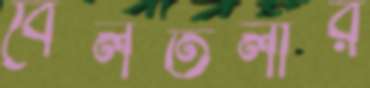
বৈলতলীর